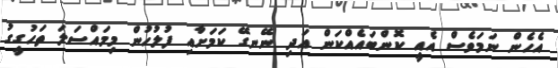
އެހެން ނަމަވެސް އެއީ ކޮންބައެއްކަން އަދި ނޭނގޭ ކަމަށާއި ފުލުހުން މިމައްސަލަ ތަހުގީގު